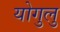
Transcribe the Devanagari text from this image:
योगुलु